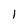
Character: 1